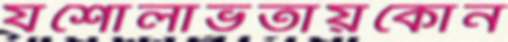
যশোলাভতায়কোন